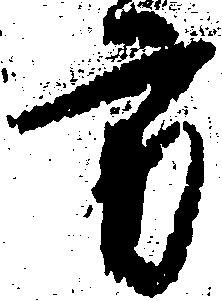
方